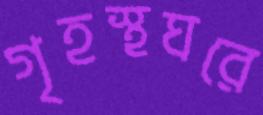
গৃহস্থঘরে